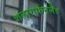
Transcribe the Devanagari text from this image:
शलाराफेनलैंड